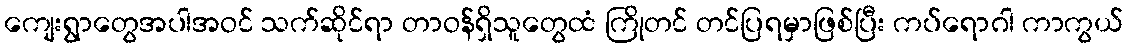
ကျေးရွာတွေအပါအဝင် သက်ဆိုင်ရာ တာဝန်ရှိသူတွေထံ ကြိုတင် တင်ပြရမှာဖြစ်ပြီး ကပ်ရောဂါ ကာကွယ်